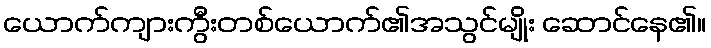
ယောက်ကျားကွီးတစ်ယောက်၏အသွင်မျိုး ဆောင်နေ၏။